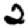
Digit: 2